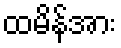
ထမိန်အား